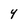
Character: y